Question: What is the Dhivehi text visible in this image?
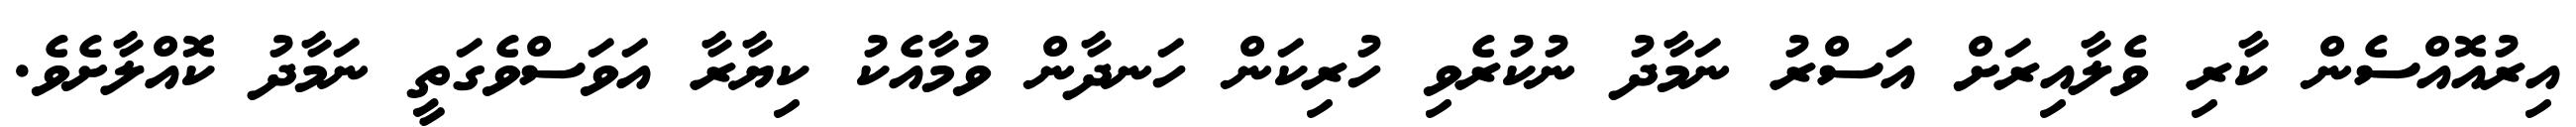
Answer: އިރުއޮއްސެން ކާރި ވެލާއިރަށް އަސްރު ނަމާދު ނުކުރެވި ހުރިކަން ހަނދާން ވުމާއެކު ކިޔާރާ އަވަސްވެގަތީ ނަމާދު ކޮއްލާށެވެ.